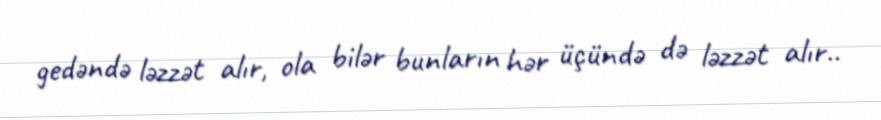
gedəndə ləzzət alır, ola bilər bunların hər üçündə də ləzzət alır..